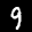
Label: 9